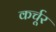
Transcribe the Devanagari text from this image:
कर्चूर